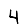
Digit: 4